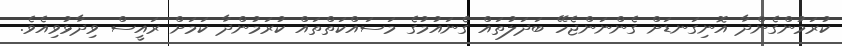
ކުރަމުންގެންދާ އޮނިގަނޑަށް ގެންނަންޖެހޭ ބަދަލުތައް ގެނައުމުގެ މަސައްކަތްތައް ކުރަމުންދާ ކަމަށް ރައީސް ވިދާޅުވިއެވެ.